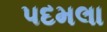
પદમલા